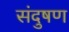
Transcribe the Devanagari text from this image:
संदुषण